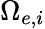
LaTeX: \Omega_{e,i}